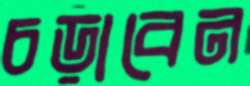
চড়াবেন